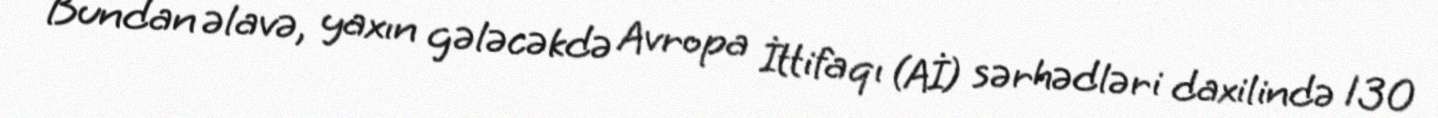
Bundan əlavə, yaxın gələcəkdə Avropa İttifaqı (Aİ) sərhədləri daxilində 130